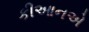
કીઆનએ